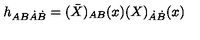
h _ { A B \dot { A } \dot { B } } = ( \bar { X } ) _ { A B } ( x ) ( X ) _ { \dot { A } \dot { B } } ( x )